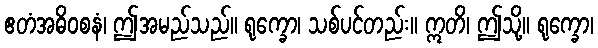
ဧတံအဓိဝစနံ၊ ဤအမည်သည်။ ရုက္ခော၊ သစ်ပင်တည်း။ ဣတိ၊ ဤသို့။ ရုက္ခော၊